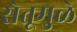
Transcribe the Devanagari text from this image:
सेतूमुळे